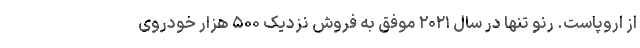
از اروپاست. رنو تنها در سال ۲۰۲۱ موفق به فروش نزدیک ۵۰۰ هزار خودروی